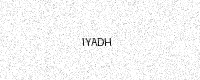
Text: IYADH